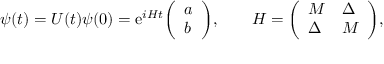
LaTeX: \psi ( t ) = U ( t ) \psi ( 0 ) = \mathrm { { e } } ^ { i H t } { \left( \begin{array} { l } { a } \\ { b } \end{array} \right) } , \qquad H = { \left( \begin{array} { l l } { M } & { \Delta } \\ { \Delta } & { M } \end{array} \right) } ,